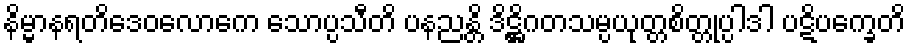
နိမ္မာနရတိဒေဝလောကေ သောပ္ပသီတိ ပနညန္တိ ဒိဋ္ဌိဂတသမ္ပယုတ္တစိတ္တုပ္ပါဒါ ပဋိပက္ခေတိ